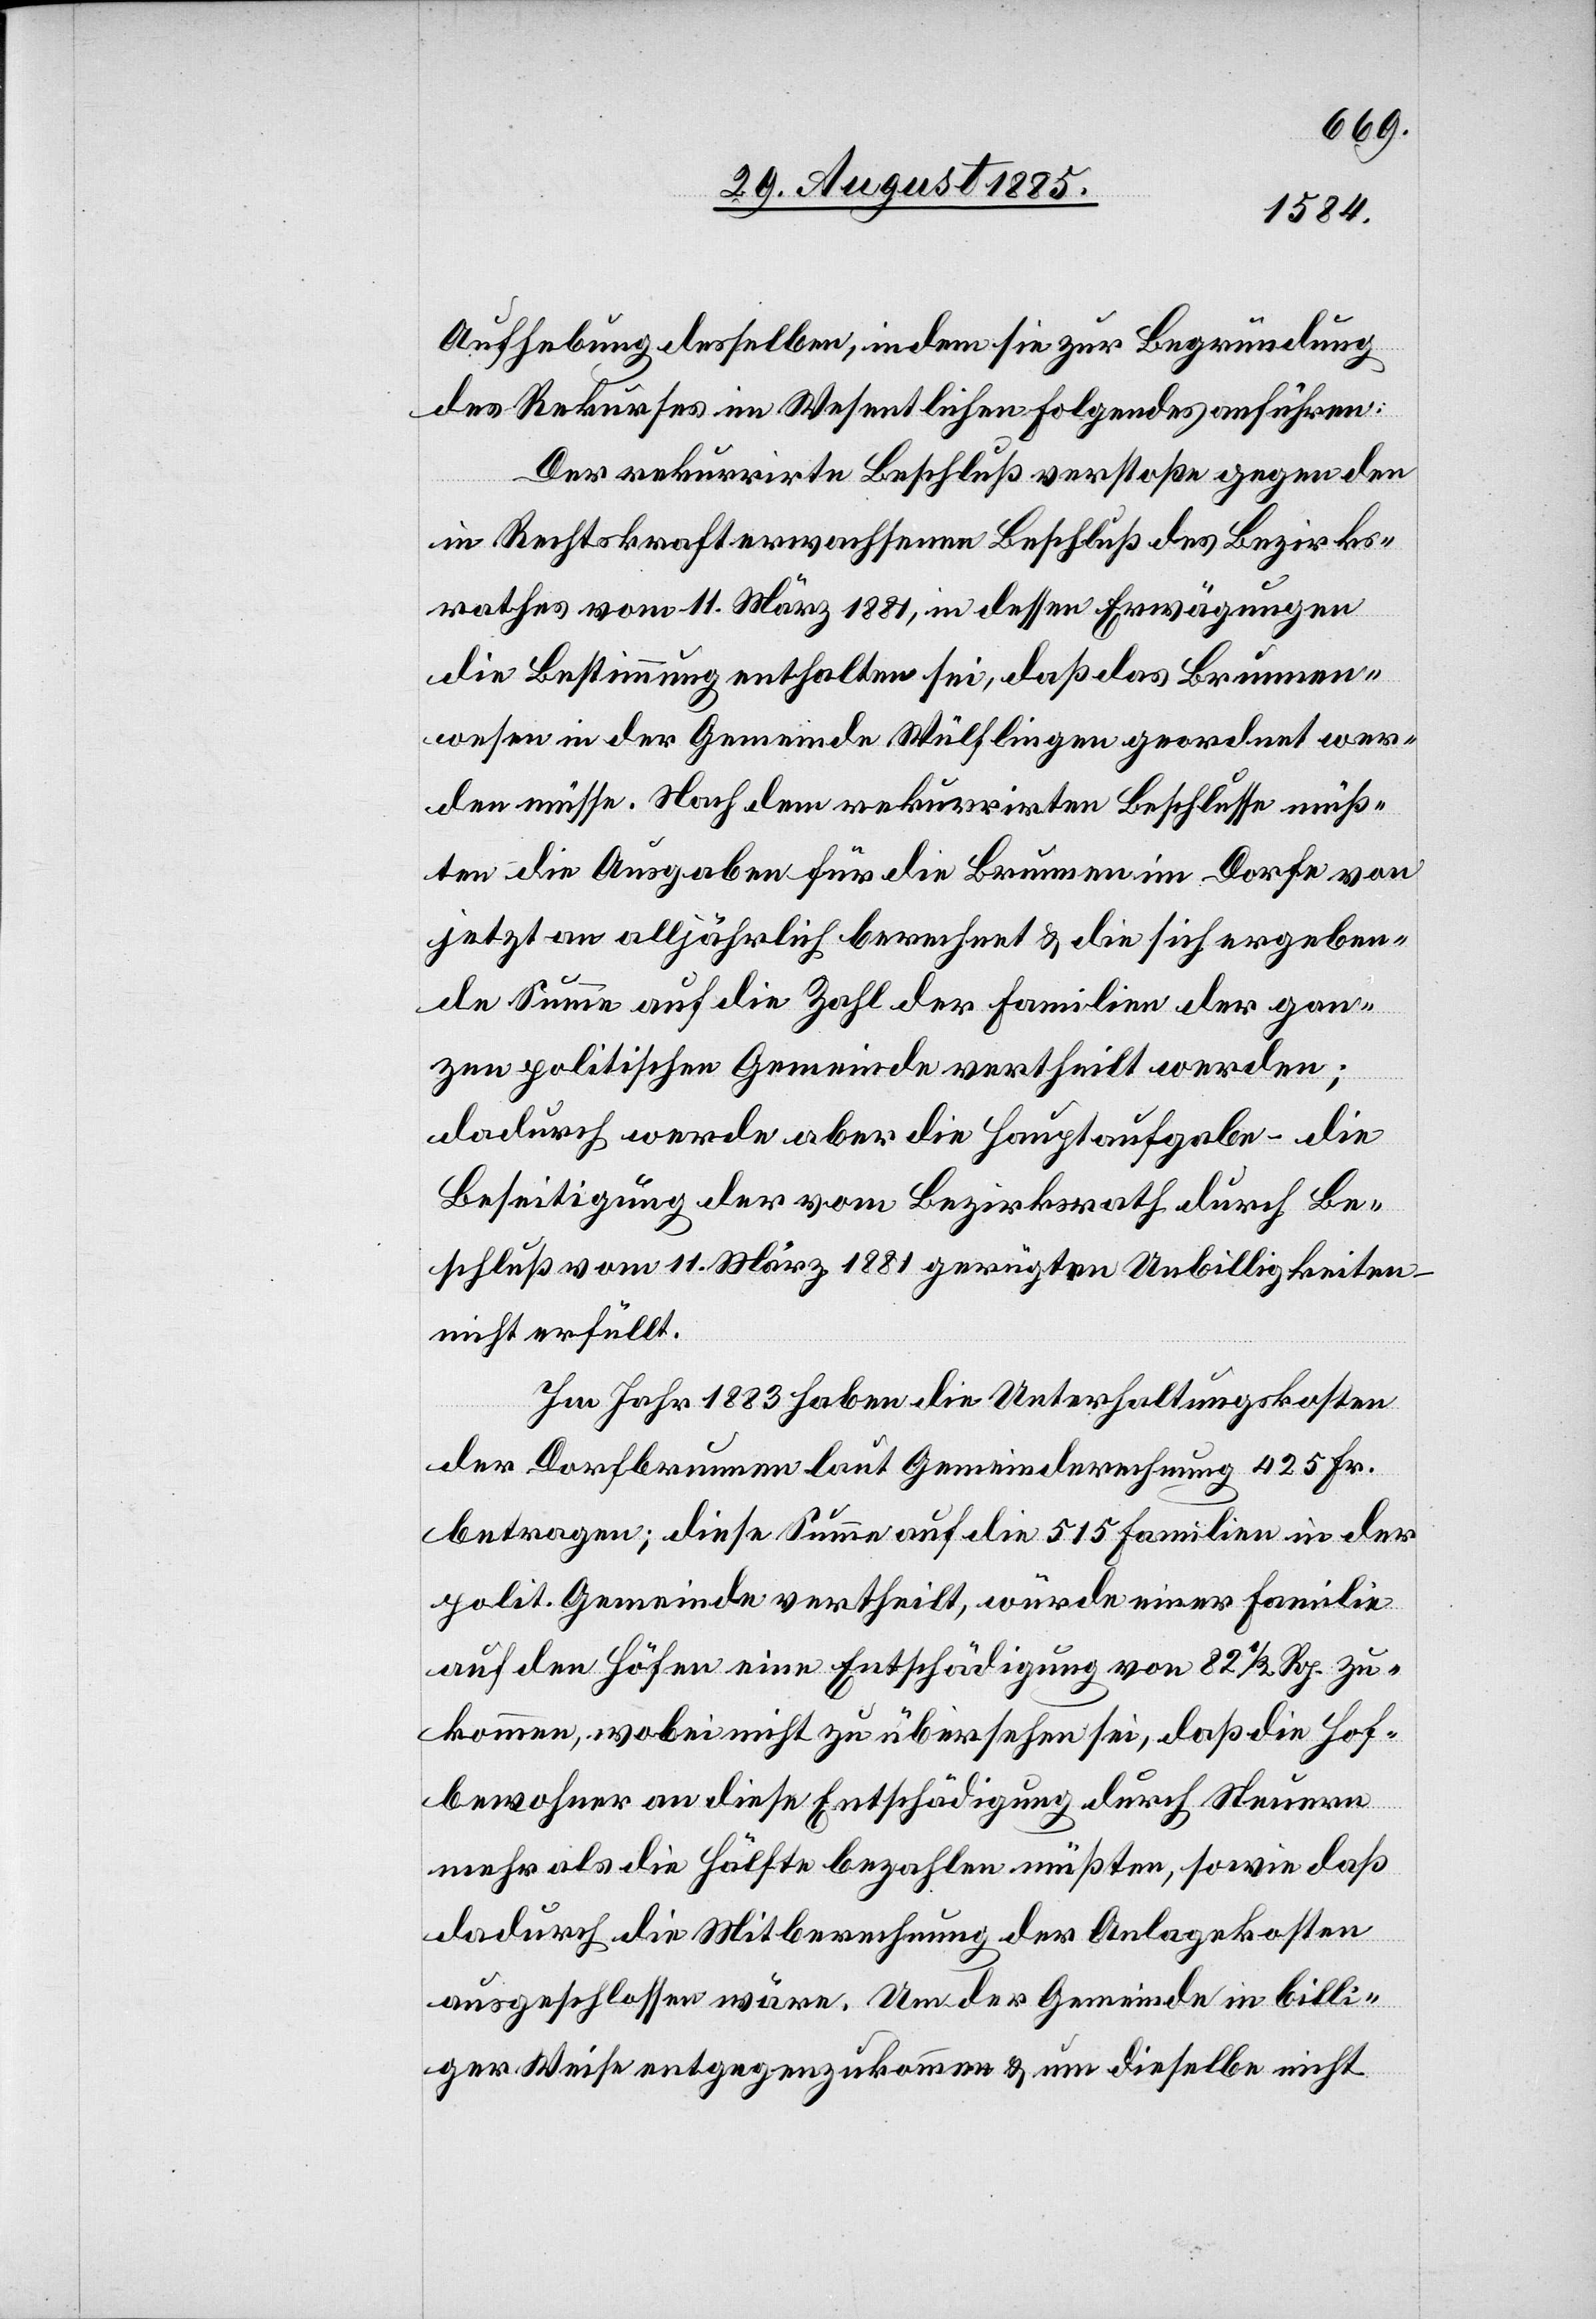
Aufhebung desselben, indem sie zur Begründung
des Rekurses im Wesentlichen Folgendes anführen:
Der rekurrirte Beschluß verstoße gegen den
in Rechtskraft erwachsenen Beschluß des Bezirks¬
rathes vom 11. März 1881, in dessen Erwägungen
die Bestimmung enthalten sei, daß das Brunnen¬
wesen in der Gemeinde Wülflingen geordnet wer¬
den müsse. Nach dem rekurrirten Beschlusse müß¬
ten die Ausgaben für die Brunnen im Dorfe von
jetzt an alljährlich berechnet & die sich ergeben¬
de Summe auf die Zahl der Familien der gan¬
zen politischen Gemeinde vertheilt werden;
dadurch werde aber die Hauptaufgabe – die
Beseitigung der vom Bezirksrath durch Be¬
schluß vom 11. März 1881 gerügten Unbilligkeiten
nicht erfüllt.
Im Jahr 1883 haben die Unterhaltungskosten
der Dorfbrunnen laut Gemeinderechnung 425 Fr.
betragen; diese Summe auf die 515 Familien in der
polit. Gemeinde vertheilt, würde einer Familie
auf den Höfen eine Entschädigung von 82 1/2 Rp. zu¬
kommen, wobei nicht zu übersehen sei, daß die Hof¬
bewohner an diese Entschädigung durch Steuern
mehr als die Hälfte bezahlen müßten, sowie daß
dadurch die Mitberechnung der Anlagekosten
ausgeschlossen wäre. Um der Gemeinde in billi¬
ger Weise entgegenzukommen & um dieselbe nicht